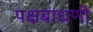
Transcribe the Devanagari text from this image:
पक्षबांधणी